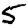
Digit: 5